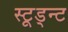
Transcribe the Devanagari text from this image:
स्टूड्न्ट